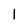
Character: 1